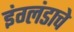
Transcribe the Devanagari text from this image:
इंग्लंडाचे